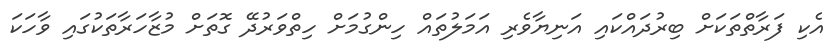
އެކި ފަރާތްތަކަށް ބިރުދައްކައި އަނިޔާވެރި އަމަލުތައް ހިންގުމަށް ހިތްވަރުދޭ ގޮތަށް މުޒާހަރާތަކުގައި ވާހަކަ